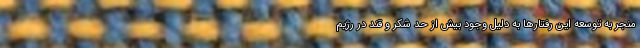
منجر به توسعه این رفتار‌ها به دلیل وجود بیش از حد شکر و قند در رژیم